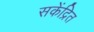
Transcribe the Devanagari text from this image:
सकेंद्रित